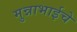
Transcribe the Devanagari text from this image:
मुन्नाभाईचे